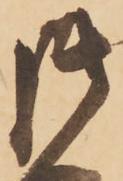
御